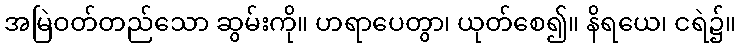
အမြဲဝတ်တည်သော ဆွမ်းကို။ ဟရာပေတွာ၊ ယုတ်စေ၍။ နိရယေ၊ ငရဲ၌။